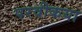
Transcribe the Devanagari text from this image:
परवीकया